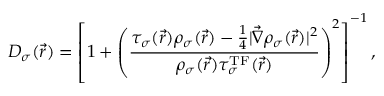
D _ { \sigma } ( \vec { r } ) = \left[ 1 + \left( \frac { \tau _ { \sigma } ( \vec { r } ) \rho _ { \sigma } ( \vec { r } ) - \frac { 1 } { 4 } | \vec { \nabla } \rho _ { \sigma } ( \vec { r } ) | ^ { 2 } } { \rho _ { \sigma } ( \vec { r } ) \tau _ { \sigma } ^ { \mathrm { T F } } ( \vec { r } ) } \right) ^ { 2 } \right] ^ { - 1 } ,